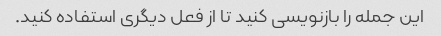
این جمله را بازنویسی کنید تا از فعل دیگری استفاده کنید.